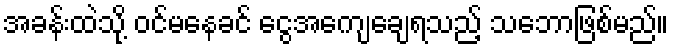
အခန်းထဲသို့ ဝင်မနေခင် ငွေအကျေချေရသည့် သဘောဖြစ်မည်။